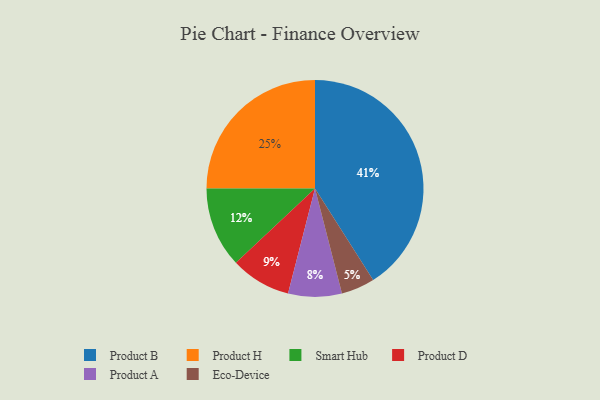
{"axis": {"x": "Category", "y": "Percentage"}, "legend": ["Eco-Device", "Product A", "Product B", "Product D", "Product H", "Smart Hub"], "data": [{"x": "Smart Hub", "y": 12, "type": "Smart Hub"}, {"x": "Product B", "y": 41, "type": "Product B"}, {"x": "Product A", "y": 8, "type": "Product A"}, {"x": "Eco-Device", "y": 5, "type": "Eco-Device"}, {"x": "Product H", "y": 25, "type": "Product H"}, {"x": "Product D", "y": 9, "type": "Product D"}]}